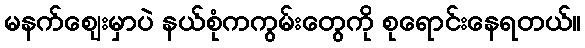
မနက်စျေးမှာပဲ နယ်စုံကကွမ်းတွေကို စုရောင်းနေရတယ်။